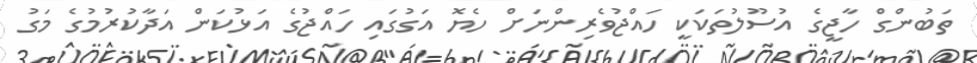
ތަބުންގް ހާޖީގެ އުސޫލުތަކަކީ ހައްޖުވެރިންނަށް ހެޔޮ އަގުގައި ހައްޖުގެ އަޅުކަން އަދާކުރުމުގެ މަގު